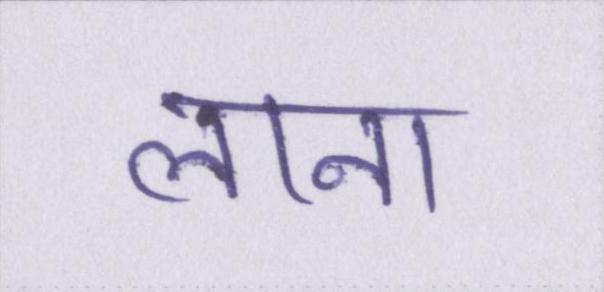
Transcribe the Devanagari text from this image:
लाना